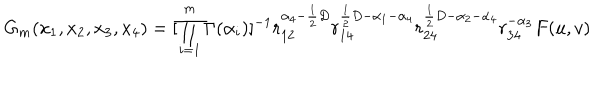
G _ { m } ( x _ { 1 } , x _ { 2 } , x _ { 3 } , x _ { 4 } ) = [ \prod _ { i = 1 } ^ { m } \Gamma ( \alpha _ { i } ) ] ^ { - 1 } r _ { 1 2 } ^ { \alpha _ { 4 } - \frac { 1 } { 2 } D } r _ { 1 4 } ^ { \frac { 1 } { 2 } D - \alpha _ { 1 } - \alpha _ { 4 } } r _ { 2 4 } ^ { \frac { 1 } { 2 } D - \alpha _ { 2 } - \alpha _ { 4 } } r _ { 3 4 } ^ { - \alpha _ { 3 } } F ( u , v )